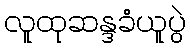
လူထုဆန္ဒခံယူပွဲ